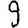
Digit: 9